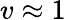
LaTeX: v\approx 1